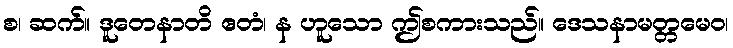
စ၊ ဆက်။ ဒူတေနာတိ ဧတံ၊ န ဟူသော ဤစကားသည်။ ဒေသနာမတ္တမေဝ၊